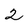
Character: 2